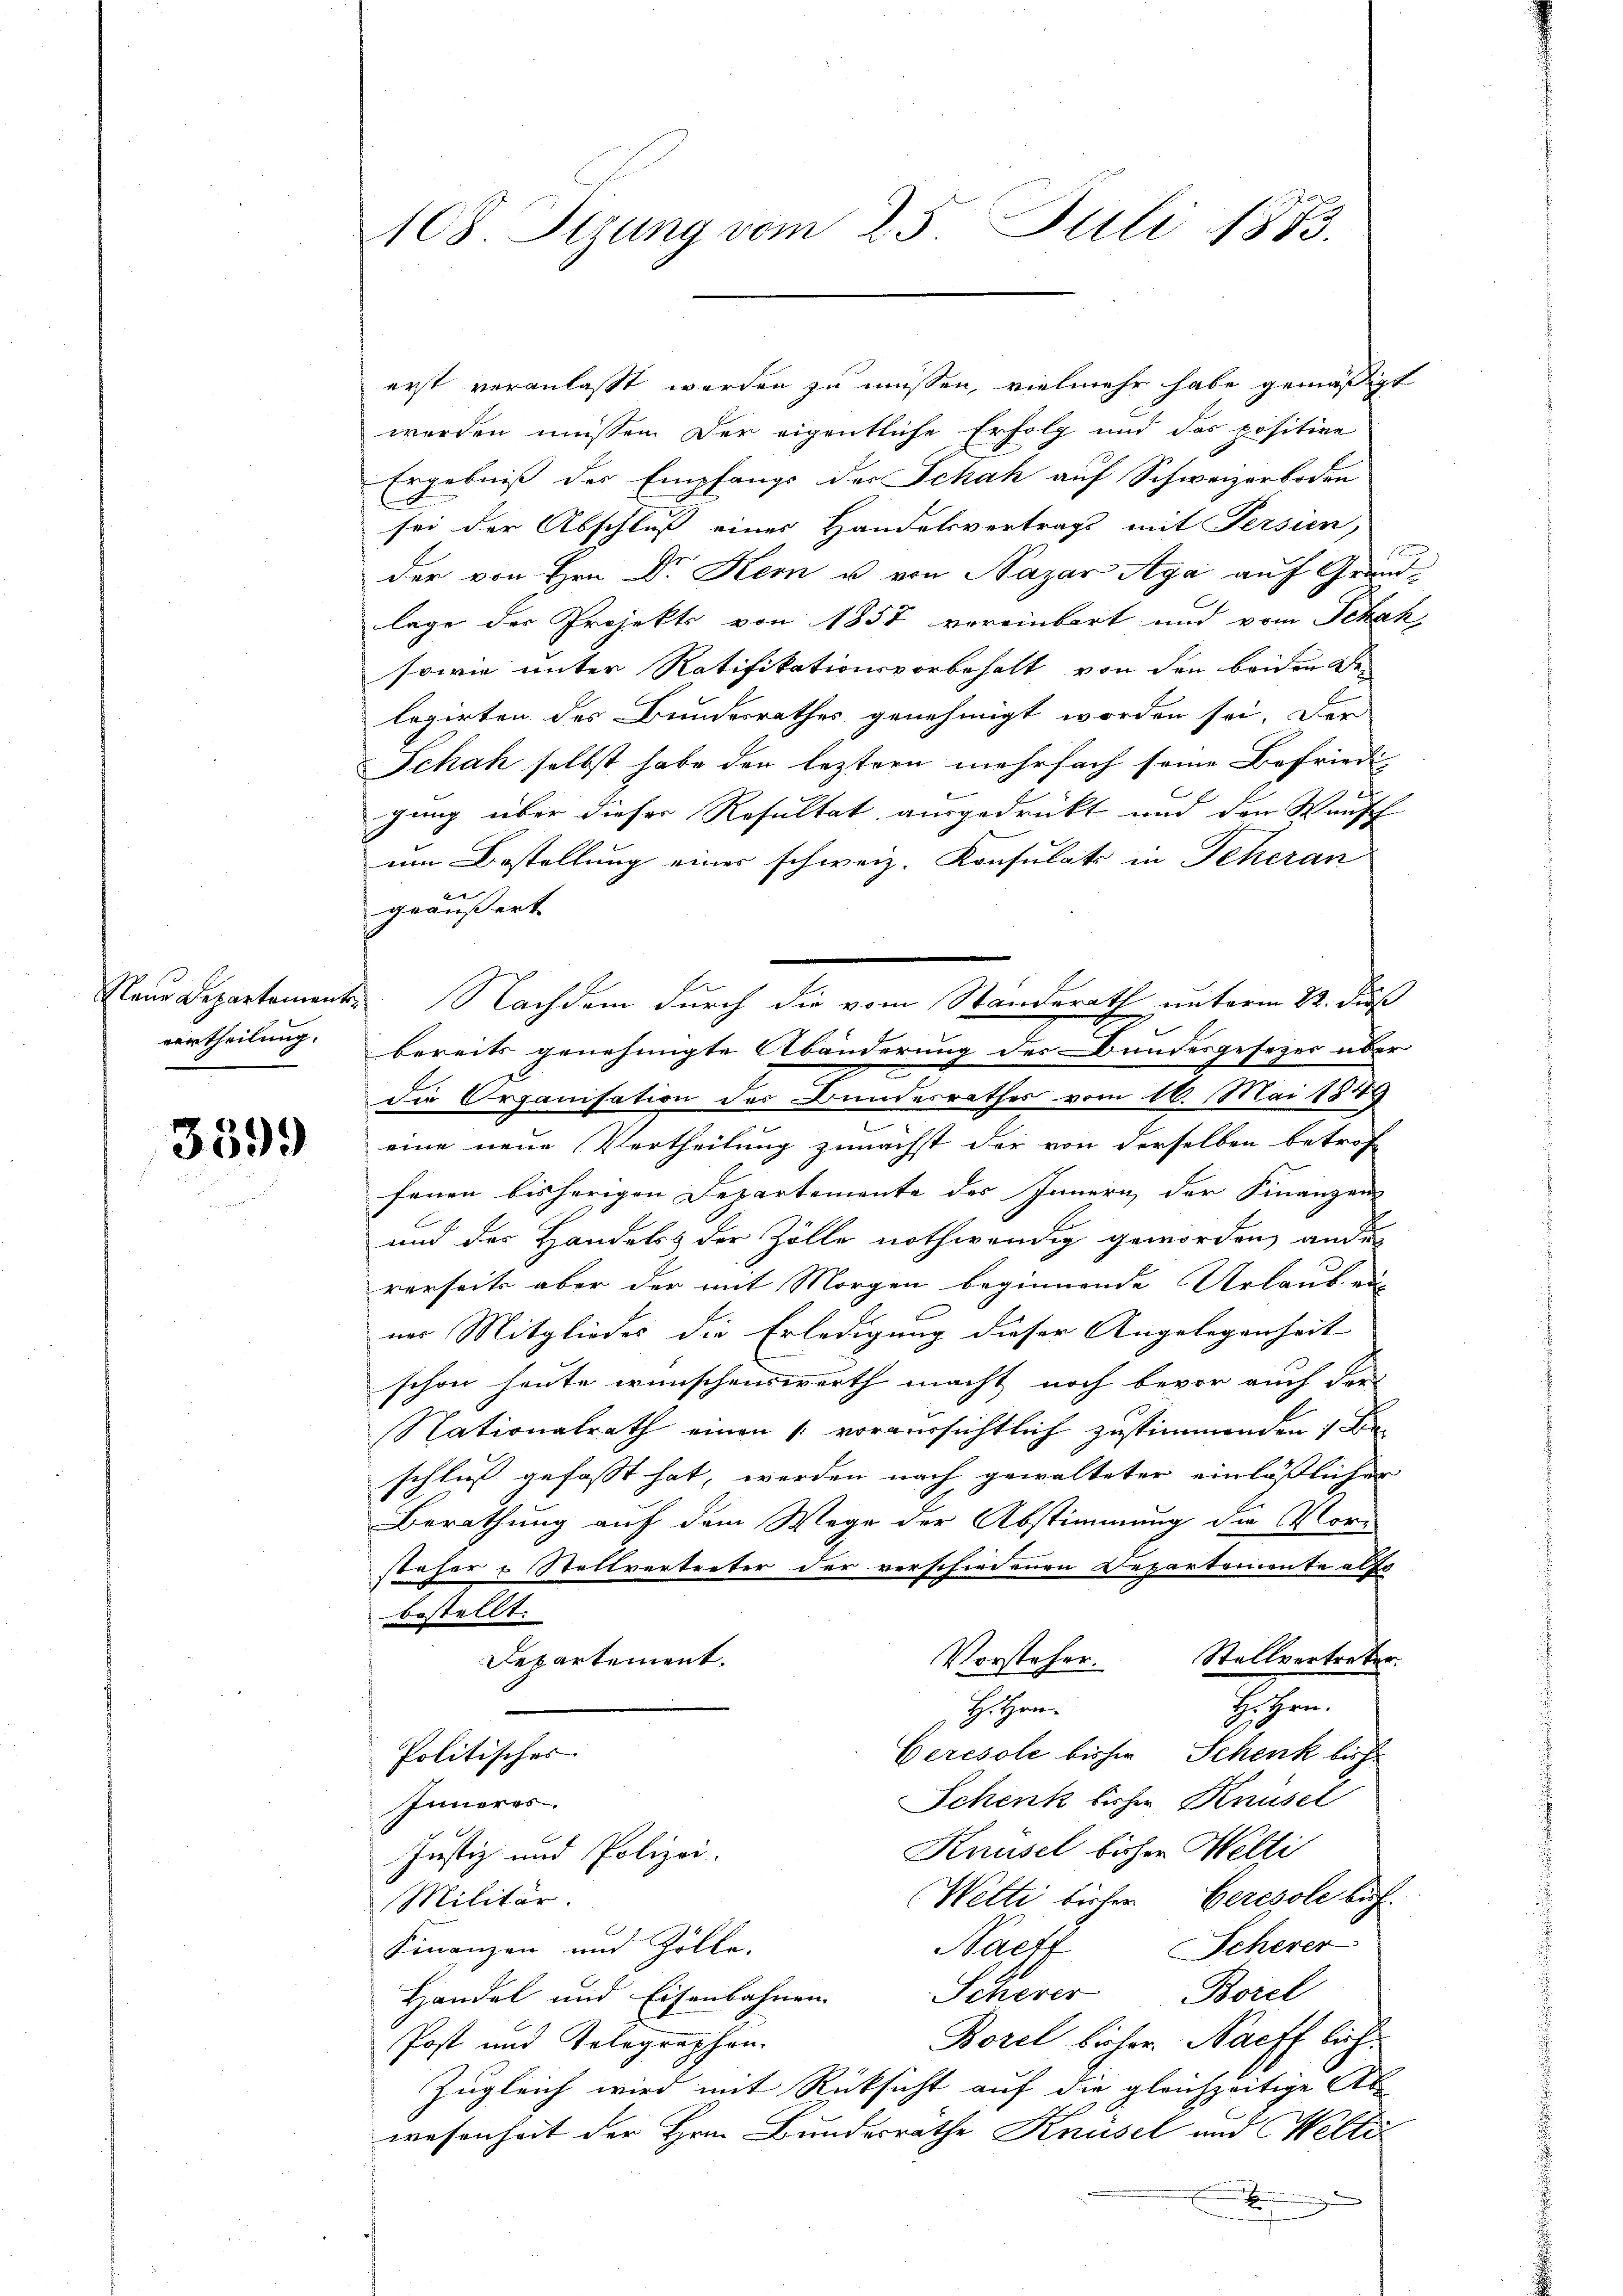
eurtheilung.

339.

108. Sizung vom 25. Juli 1883.

erst veranlasst werden zu müssen, vielmehr habe gemäßigt
worden müssen. Der eigentliche Erfolg und das positive
Ergebniß des Empfangs des Schah auf Schweizerboden
sei der Abschluß eines Handelsvertrags mit Persien,
der von Hrn. Dr Kern u. von Nazar Aga auf Grundlage der Projekts von 1857 voreinbart und vom Schah
sowie unter Ratifikationsvorbehalt von den beiden Sei
legirten des Bundesrathes genehmigt worden sei. Der
Schah selbst habe den leztern mehrfach seine Befriedi
gung über dieser Resultat ausgedrückt und den Wunsch
um Bestellung einer schweiz. Konsulats in Scheran
geäußert
Naue Departemente Nachdem durch die vom Standerath unterm 22. Fuß
bereits genehmigte Abänderung des Bundesgesezes über
die Organisation der Bundesrathes vom 16. Mai 1849
eine neue Vertheilung zunächst der von derselben betroff
fenen bisherigen Departemente des Innern der Finanzen
und der Handelss der Zölle nothwendig geworden andes
rerseits aber der mit Morgen beginnende Urlaub ei
nes Mitgliedes die Erledigung dieser Angelegenheit
schon heute wünschenswerth macht noch bevor auch der
Nationalrath einen /: voraussichtlich zustimmenden 7 Beschluß gefasst hat, werden nach gewalteter einläßlicher
Berathung auf dem Wege der Abstimmung die Vor-
steher & Stellvertreter der verschiedenen Departemente also
bestellt.
Vorsteher. Stellvertreter.
Departement.
Hoffen.
Hi Hrn.
Politisches
Ceresole bisher Schenk bish
Schenk bisher Knüsel
Inneres
Knüsel bisher Welti
Justiz- und Polizei.
Wette bisher Ceresole buch
Militär.
Finanzen und Zölle.
Nacff Scherer
Scherer Borel
Handel und Eisenbahnen.
Borel bisher. Nachflich.
Post und Telegraphen.
Zugleich wird mit Rücksicht auf die gleichzeitige Ab-
wesenheit der Hrn. Bundesräthe Knüsel und Welti